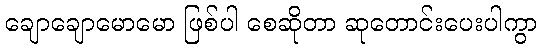
ချောချောမောမော ဖြစ်ပါ စေဆိုတာ ဆုတောင်းပေးပါကွာ